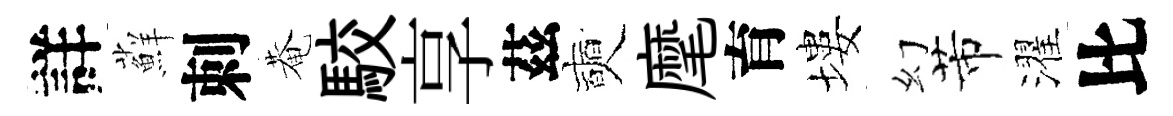
詳蘚刺菴駮享茲奭麾育塿幻芾濯比